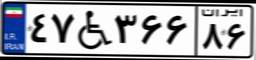
۴۷W۳۶۶۸۶